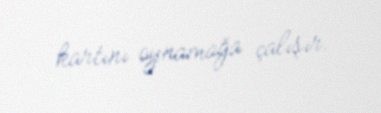
kartını oynamağa çalışır.